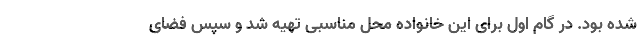
شده بود. در گام اول برای این خانواده محل مناسبی تهیه شد و سپس فضای